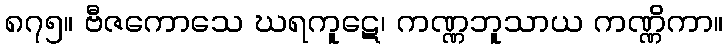
၈၇၅။ ဗီဇကောသေ ဃရကူဋေ၊ ကဏ္ဏဘူသာယ ကဏ္ဏိကာ။